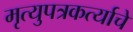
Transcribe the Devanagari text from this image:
मृत्युपत्रकर्त्याचे